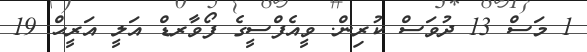
1 މަސް 13 ދުވަސް ކުރިން. ވީއެފްސީގެ ފޯވާރޑް އަލީ އަރީޙް 19